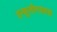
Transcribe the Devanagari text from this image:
इन्शुलीनसदृश